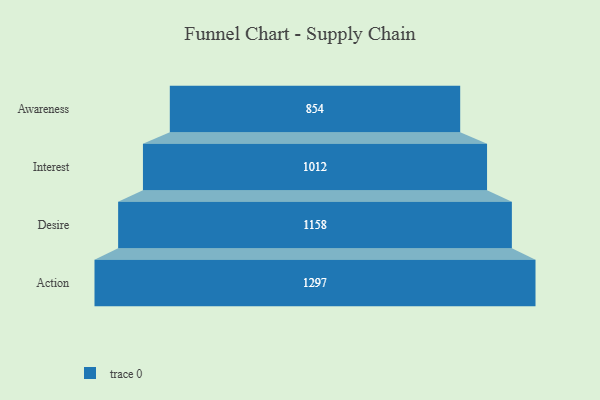
{"axis": {"x": "Stage", "y": "Value"}, "legend": [""], "data": [{"x": "Awareness", "y": 854.0, "type": ""}, {"x": "Interest", "y": 1012.0, "type": ""}, {"x": "Desire", "y": 1158.0, "type": ""}, {"x": "Action", "y": 1297.0, "type": ""}]}